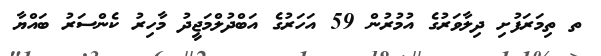
ތ ތިމަރަފުށި ދިލާވަރުގެ އުމުރުން 59 އަހަރުގެ އަބްދުލްމަޖީދު މާހިރު ކެންސަރު ބައްޔާ